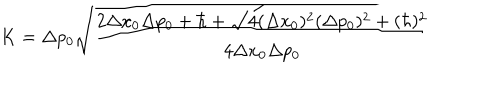
LaTeX: K = \Delta p _ { 0 } \sqrt { \frac { 2 \Delta x _ { 0 } \Delta p _ { 0 } + \hbar + \sqrt { 4 ( \Delta x _ { 0 } ) ^ { 2 } ( \Delta p _ { 0 } ) ^ { 2 } + ( \hbar ) ^ { 2 } } } { 4 \Delta x _ { 0 } \Delta p _ { 0 } } }